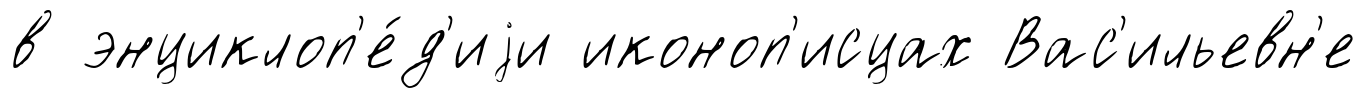
в энциклоп'е́д'иjи иконоп'исцах Вас'ильевн'е